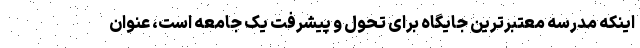
اینکه مدرسه معتبرترین جایگاه برای تحول و پیشرفت یک جامعه است، عنوان